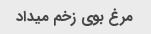
مرغ بوی زخم میداد